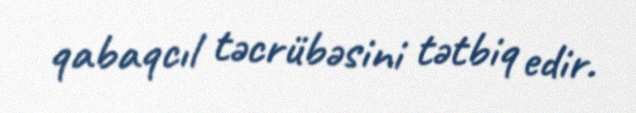
qabaqcıl təcrübəsini tətbiq edir.